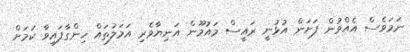
ނަމަވެސް އެއްވުން ފަށަން އުޅުނީ ރައީސް މައުމޫން އަނިޔާވެރި އަމަލުތައް ހިންގާފައިވާ ކަމަށް